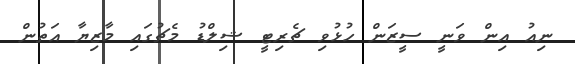
ނިއު އިން ވަނީ ސީޒަން ހުޅުވި ޗެރިޓީ ޝިލްޑު މެޗުގައި މާޒިޔާ އަތުން